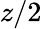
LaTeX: z/2